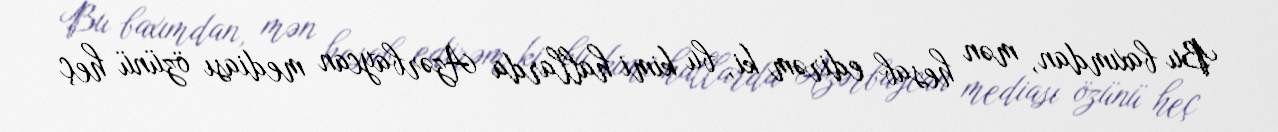
Bu baxımdan, mən hesab edirəm ki, bu kimi hallarda Azərbaycan mediası özünü heç